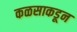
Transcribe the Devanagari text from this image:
कळसाकडून